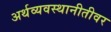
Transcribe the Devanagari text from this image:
अर्थव्यवस्थानीतीवर